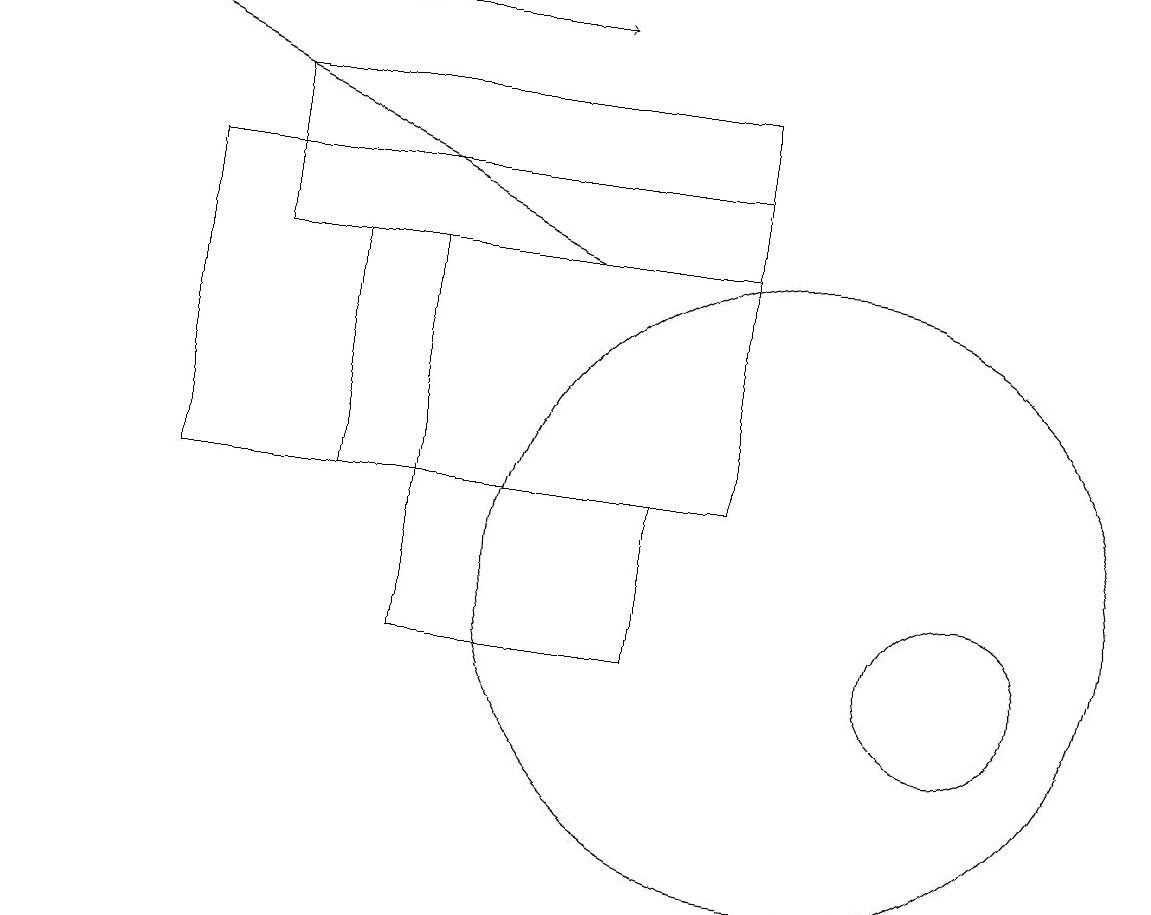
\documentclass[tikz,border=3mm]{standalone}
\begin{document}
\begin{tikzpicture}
\draw (10,11) circle (4);
\draw (9,12) rectangle (2,16);
\draw[->] (7,15) -- (1,18);
\draw (8,10) rectangle (5,12);
\draw (9,15) rectangle (3,17);
\draw (12,10) circle (1);
\draw[->] (0,18) -- (7,18);
\draw (4,15) rectangle (5,12);
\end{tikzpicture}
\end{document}